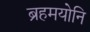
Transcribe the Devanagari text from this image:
ब्रहमयोनि